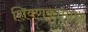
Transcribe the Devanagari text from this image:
शिवणकामास